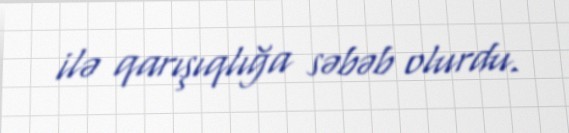
ilə qarışıqlığa səbəb olurdu.